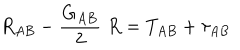
R _ { A B } - { \frac { G _ { A B } } { 2 } } \; R = T _ { A B } + \tau _ { A B }